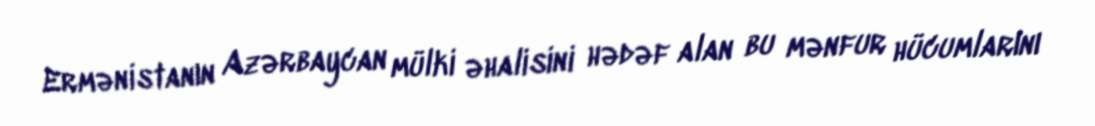
Ermənistanın Azərbaycan mülki əhalisini hədəf alan bu mənfur hücumlarını